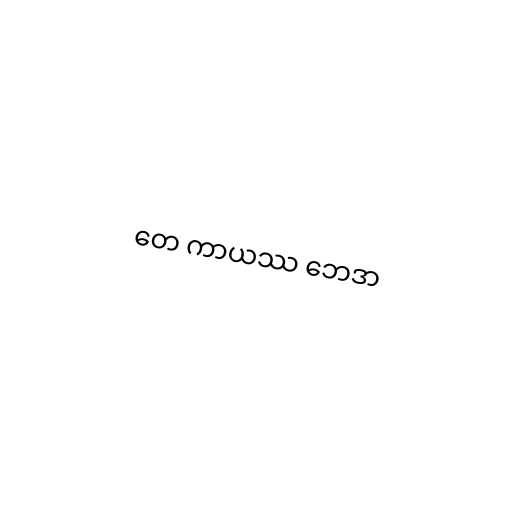
တေ ကာယဿ ဘေဒာ